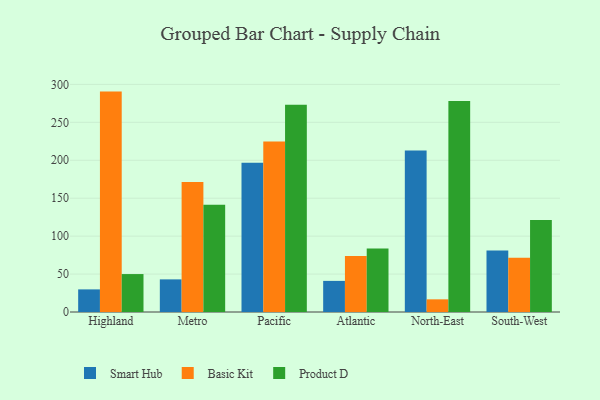
{"axis": {"x": "Region", "y": "Active Users"}, "legend": ["Basic Kit", "Product D", "Smart Hub"], "data": [{"x": "Highland", "y": 29.8, "type": "Smart Hub"}, {"x": "Highland", "y": 290.5, "type": "Basic Kit"}, {"x": "Highland", "y": 50.0, "type": "Product D"}, {"x": "Metro", "y": 43.0, "type": "Smart Hub"}, {"x": "Metro", "y": 171.5, "type": "Basic Kit"}, {"x": "Metro", "y": 141.5, "type": "Product D"}, {"x": "Pacific", "y": 196.6, "type": "Smart Hub"}, {"x": "Pacific", "y": 224.7, "type": "Basic Kit"}, {"x": "Pacific", "y": 273.2, "type": "Product D"}, {"x": "Atlantic", "y": 41.0, "type": "Smart Hub"}, {"x": "Atlantic", "y": 73.7, "type": "Basic Kit"}, {"x": "Atlantic", "y": 83.6, "type": "Product D"}, {"x": "North-East", "y": 212.8, "type": "Smart Hub"}, {"x": "North-East", "y": 16.7, "type": "Basic Kit"}, {"x": "North-East", "y": 278.1, "type": "Product D"}, {"x": "South-West", "y": 81.2, "type": "Smart Hub"}, {"x": "South-West", "y": 71.5, "type": "Basic Kit"}, {"x": "South-West", "y": 121.2, "type": "Product D"}]}